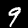
Label: 9